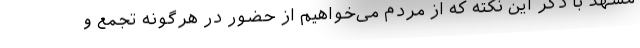
مشهد با ذکر این نکته که از مردم می‌خواهیم از حضور در هرگونه تجمع و